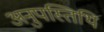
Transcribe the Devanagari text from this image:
अनुपस्तिथि